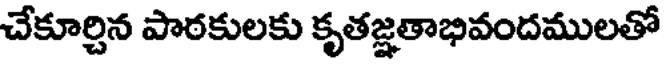
చేకూర్చిన పాఠకులకు కృతజ్ఞతాభివందములతో